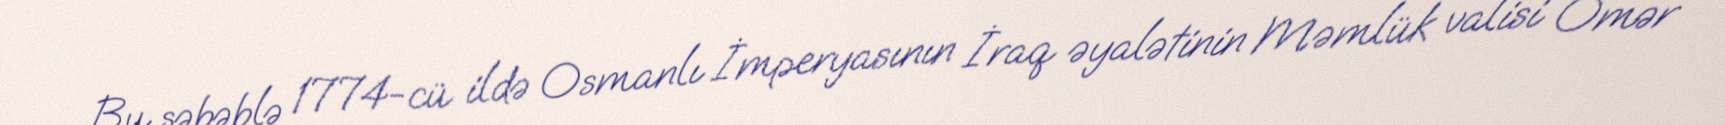
Bu səbəblə 1774-cü ildə Osmanlı İmperyasının İraq əyalətinin Məmlük valisi Ömər